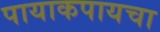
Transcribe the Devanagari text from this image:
पायाकपायचा